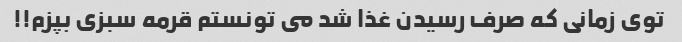
توى زمانى که صرف رسیدن غذا شد مى تونستم قرمه سبزى بپزم!!